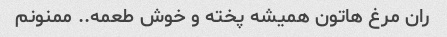
ران مرغ هاتون همیشه پخته و خوش طعمه.. ممنونم